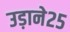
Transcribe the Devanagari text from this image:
उड़ाने२५